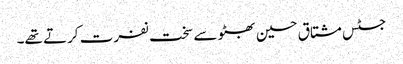
جسٹس مشتاق حسین بھٹو سے سخت نفرت کرتے تھے۔